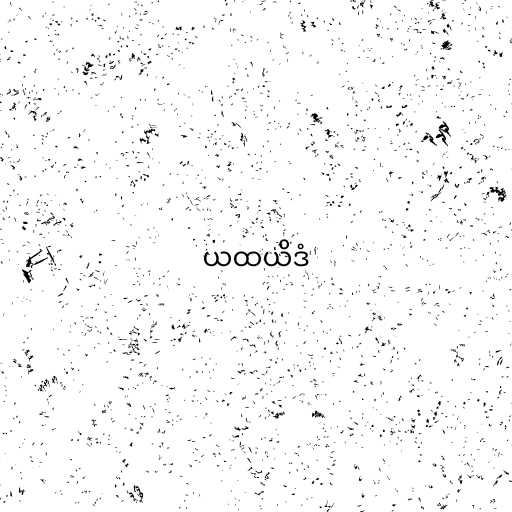
ယထယိဒံ